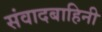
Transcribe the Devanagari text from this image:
संवादबाहिनी